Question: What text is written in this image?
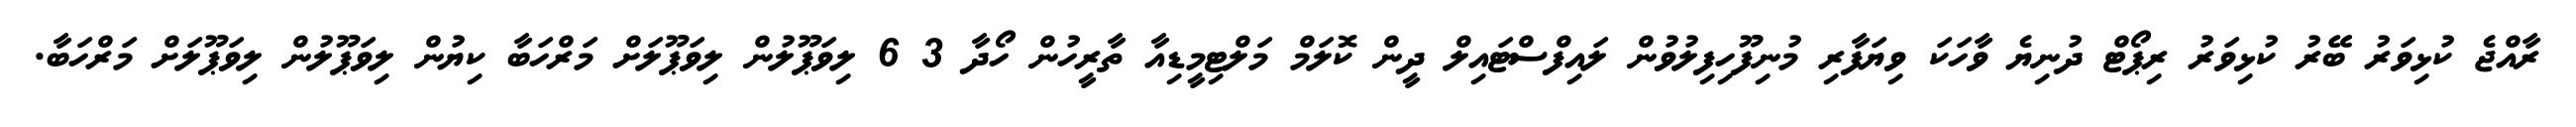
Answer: ރާއްޖެ ކުޅިވަރު ބޭރު ކުޅިވަރު ރިޕޯޓް ދުނިޔެ ވާހަކަ ވިޔަފާރި މުނިފޫހިފިލުވުން ލައިފްސްޓައިލް ދީން ކޮލަމް މަލްޓިމީޑިއާ ތާރީހުން ހޯދާ 3 6 ލިވަޕޫލުން ލިވަޕޫލަށް މަރްހަބާ ކިޔުން ލިވަޕޫލުން ލިވަޕޫލަށް މަރްހަބާ.